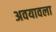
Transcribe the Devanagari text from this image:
अवयावला